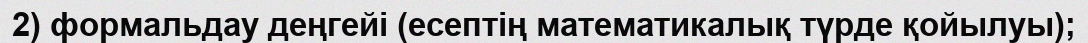
2) формальдау деңгейі (есептің математикалық түрде қойылуы);